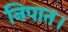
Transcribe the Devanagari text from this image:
निपात।